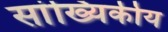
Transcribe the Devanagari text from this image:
सांख्‍यिकीय